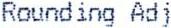
ROUNDING ADJ